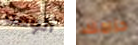
ألومه حزامك